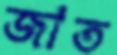
জাত